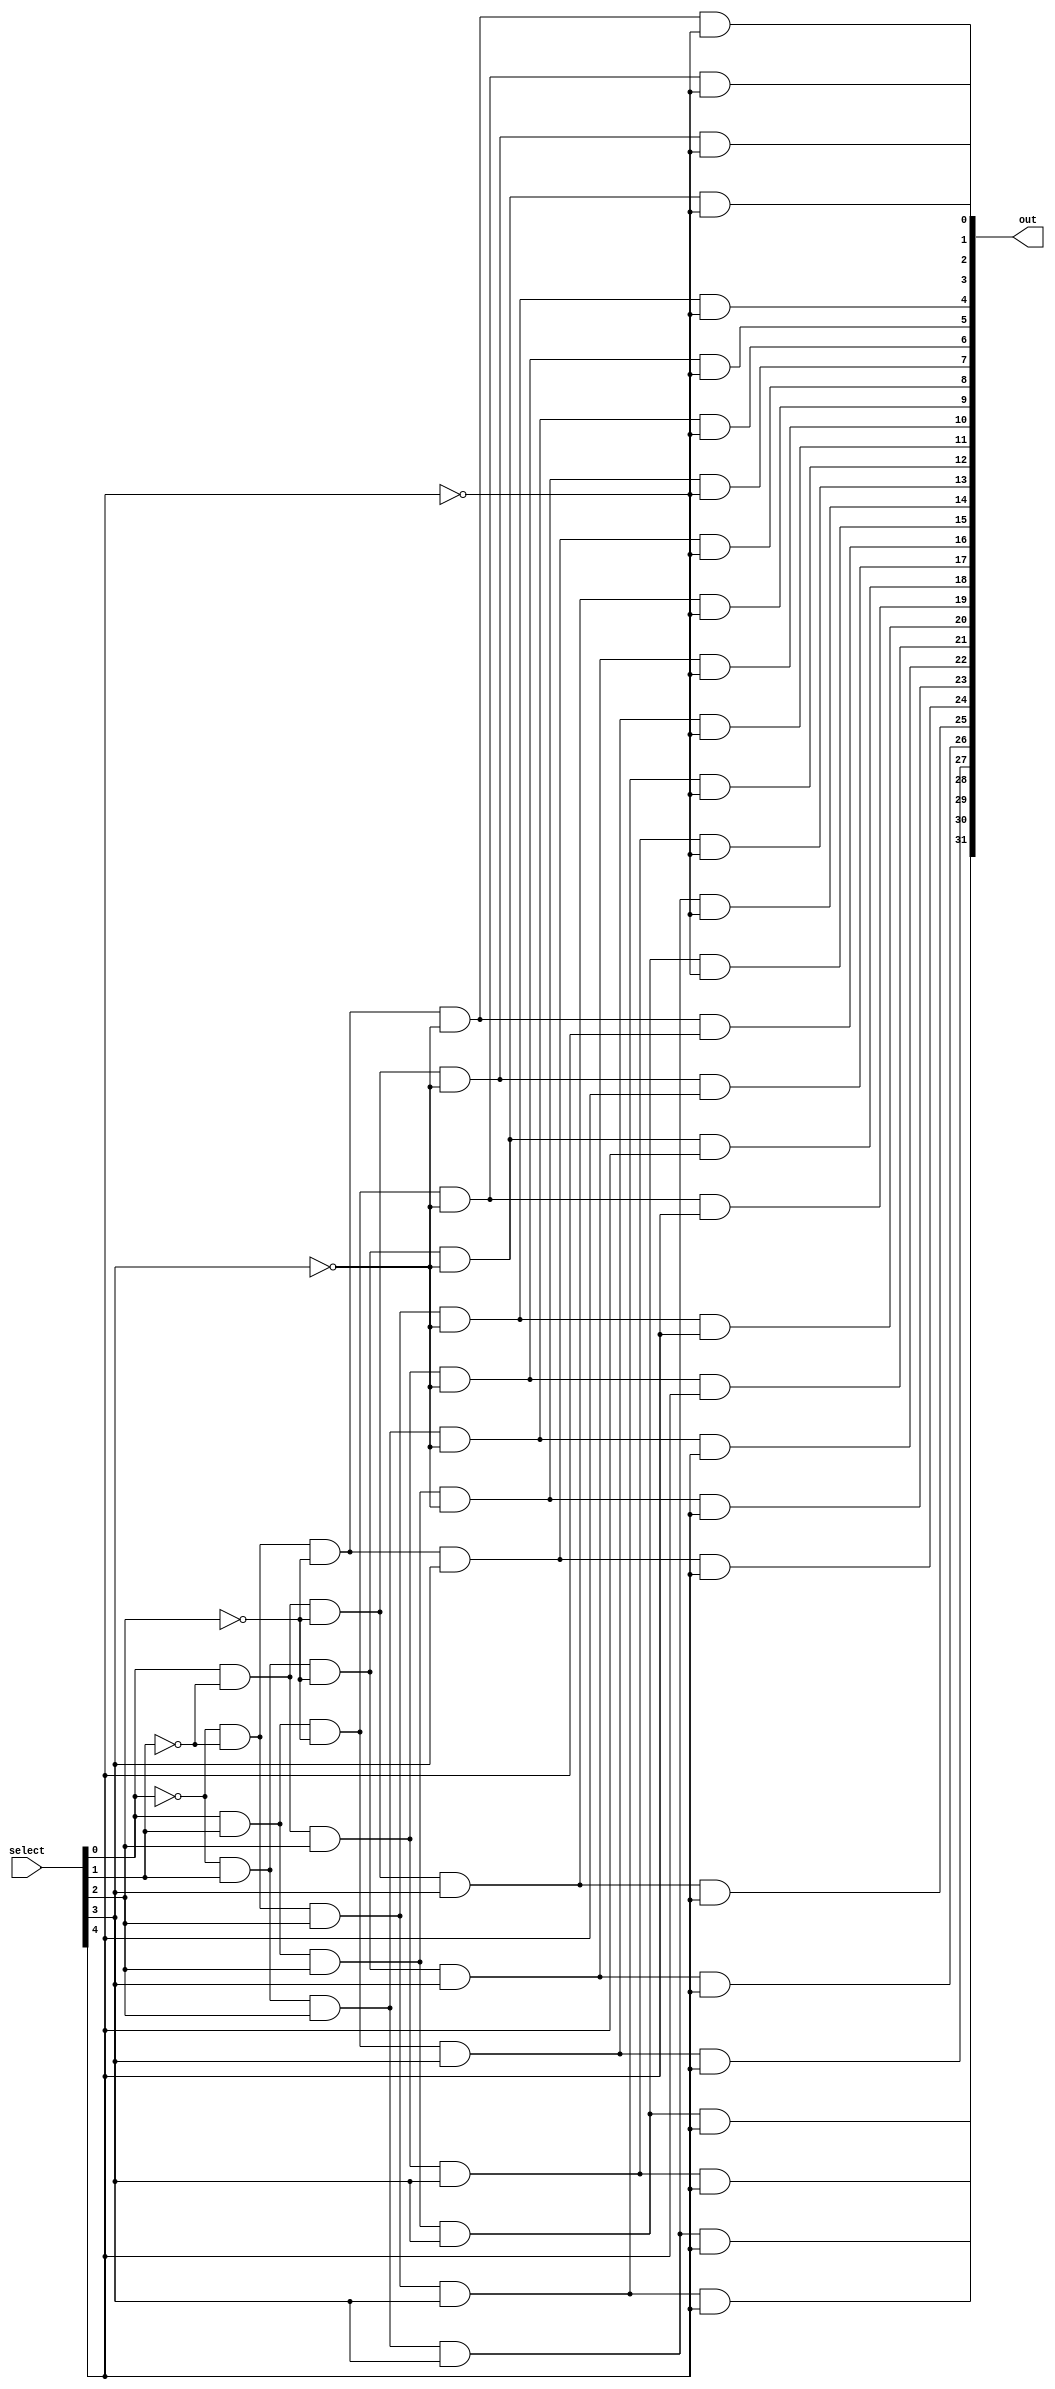
module decoder_32(out,select);
    input [4:0] select;
    output [31:0] out;

    wire not0,not1,not2,not3,not4;
    not n0(not0,select[0]);
    not n1(not1,select[1]);
    not n2(not2,select[2]);
    not n3(not3,select[3]);
    not n4(not4,select[4]);

    and a0(out[0],not0,not1,not2,not3,not4);
    and a1(out[1],select[0],not1,not2,not3,not4);
    and a2(out[2],not0,select[1],not2,not3,not4);
    and a3(out[3],select[0],select[1],not2,not3,not4);
    and a4(out[4],not0,not1,select[2],not3,not4);
    and a5(out[5],select[0],not1,select[2],not3,not4);
    and a6(out[6],not0,select[1],select[2],not3,not4);
    and a7(out[7],select[0],select[1],select[2],not3,not4);
    and a8(out[8],not0,not1,not2,select[3],not4);
    and a9(out[9],select[0],not1,not2,select[3],not4);
    and a10(out[10],not0,select[1],not2,select[3],not4);
    and a11(out[11],select[0],select[1],not2,select[3],not4);
    and a12(out[12],not0,not1,select[2],select[3],not4);
    and a13(out[13],select[0],not1,select[2],select[3],not4);
    and a14(out[14],not0,select[1],select[2],select[3],not4);
    and a15(out[15],select[0],select[1],select[2],select[3],not4);
    and a16(out[16],not0,not1,not2,not3,select[4]);
    and a17(out[17],select[0],not1,not2,not3,select[4]);
    and a18(out[18],not0,select[1],not2,not3,select[4]);
    and a19(out[19],select[0],select[1],not2,not3,select[4]);
    and a20(out[20],not0,not1,select[2],not3,select[4]);
    and a21(out[21],select[0],not1,select[2],not3,select[4]);
    and a22(out[22],not0,select[1],select[2],not3,select[4]);
    and a23(out[23],select[0],select[1],select[2],not3,select[4]);
    and a24(out[24],not0,not1,not2,select[3],select[4]);
    and a25(out[25],select[0],not1,not2,select[3],select[4]);
    and a26(out[26],not0,select[1],not2,select[3],select[4]);
    and a27(out[27],select[0],select[1],not2,select[3],select[4]);
    and a28(out[28],not0,not1,select[2],select[3],select[4]);
    and a29(out[29],select[0],not1,select[2],select[3],select[4]);
    and a30(out[30],not0,select[1],select[2],select[3],select[4]);
    and a31(out[31],select[0],select[1],select[2],select[3],select[4]);


endmodule